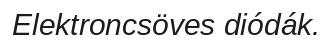
Elektroncsöves diódák.